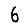
Digit: 6